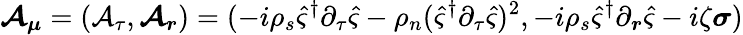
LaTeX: \boldsymbol{\mathcal{A}_{\mu}}=\left(\mathcal{A}_{\tau},\boldsymbol{\mathcal{A}_{r}}\right)=(-i\rho_{s}\hat{\varsigma}^{\dagger}\partial_{\tau}\hat{\varsigma}-\rho_{n}(\hat{\varsigma}^{\dagger}\partial_{\tau}\hat{\varsigma})^{2},-i\rho_{s}\hat{\varsigma}^{\dagger}\partial_{\boldsymbol{r}}\hat{\varsigma}-i\zeta\boldsymbol{\sigma})